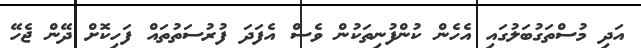
އަދި މުސްތަގުބަލުގައި އެހެން ކުންފުނިތަކުން ވެސް އެފަދަ ފުރުސަތުތައް ފަހިކޮށް ދޭން ޖެހޭ